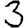
Digit: 3